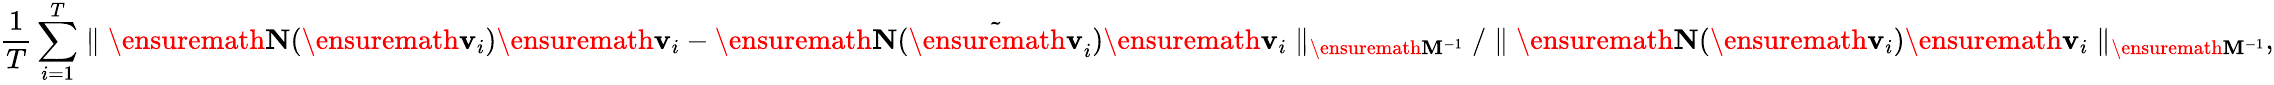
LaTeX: \frac{1}{T}\sum_{i=1}^{T}\parallel\ensuremath{\mathbf{N}}(\ensuremath{\mathbf{v}}_{i})\ensuremath{\mathbf{v}}_{i}-\ensuremath{\mathbf{N}}(\tilde{\ensuremath{\mathbf{v}}}_{i})\ensuremath{\mathbf{v}}_{i}\parallel_{\ensuremath{\mathbf{M}}^{-1}}/\parallel\ensuremath{\mathbf{N}}(\ensuremath{\mathbf{v}}_{i})\ensuremath{\mathbf{v}}_{i}\parallel_{\ensuremath{\mathbf{M}}^{-1}},